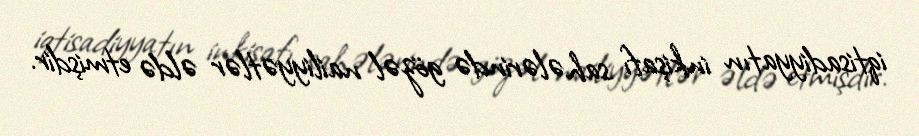
iqtisadiyyatın inkişafı sahələrində gözəl nailiyyətlər əldə etmişdir.